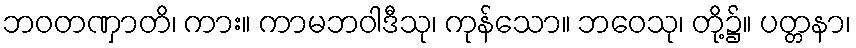
ဘဝတဏှာတိ၊ ကား။ ကာမဘဝါဒီသု၊ ကုန်သော။ ဘဝေသု၊ တို့၌။ ပတ္တနာ၊